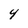
Character: 4